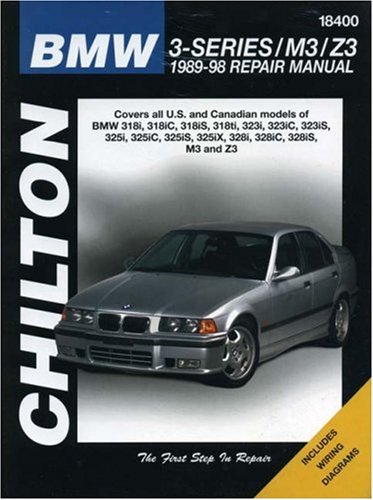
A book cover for BMW 3-Series / M3/ Z3, 1989-1998: Covers all U.S. and Canadian models of BMW 318i, 318iC, 318iS, 318i, 323i, 323iC, 323iS, 325i, 325iC, 325iS, 325iX, 328i, 328iC, 328i S, M3 and Z3 (18400); Benjamin E. Greisler; Engineering & Transportation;